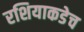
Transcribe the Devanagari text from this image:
रशियाकडेच